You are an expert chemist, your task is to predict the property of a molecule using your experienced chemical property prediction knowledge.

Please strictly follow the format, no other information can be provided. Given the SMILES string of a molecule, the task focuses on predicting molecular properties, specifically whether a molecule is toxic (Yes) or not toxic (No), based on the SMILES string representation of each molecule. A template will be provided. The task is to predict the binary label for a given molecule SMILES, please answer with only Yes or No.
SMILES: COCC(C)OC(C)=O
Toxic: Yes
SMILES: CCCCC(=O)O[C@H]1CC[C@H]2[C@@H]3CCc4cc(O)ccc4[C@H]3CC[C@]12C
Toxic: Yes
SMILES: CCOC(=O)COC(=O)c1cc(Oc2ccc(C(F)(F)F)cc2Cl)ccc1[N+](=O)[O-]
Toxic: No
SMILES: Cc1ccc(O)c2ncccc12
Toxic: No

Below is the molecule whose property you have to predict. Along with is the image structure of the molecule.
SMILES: Cc1nc(C2CCCCC2)c(-c2ccc(S(N)(=O)=O)c(F)c2)o1
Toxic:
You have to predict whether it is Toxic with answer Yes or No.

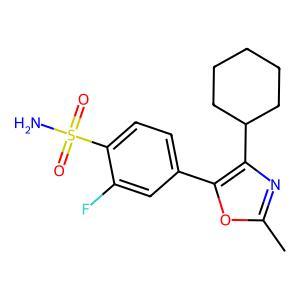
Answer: No